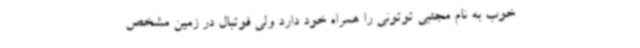
خوب به نام مجتبی توتونی را همراه خود دارد ولی فوتبال در زمین مشخص